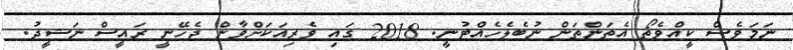
ނަމަވެސް ކީއްވެތޯ އެތަންތަން ނުބެލެހެއްޓުނީ. 2018 ގައި ވެރިއަކަށްވާން ޖެހޭނީ ރައީސް ނަޝީދު.